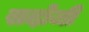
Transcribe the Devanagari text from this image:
सदोजी